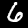
Digit: 6